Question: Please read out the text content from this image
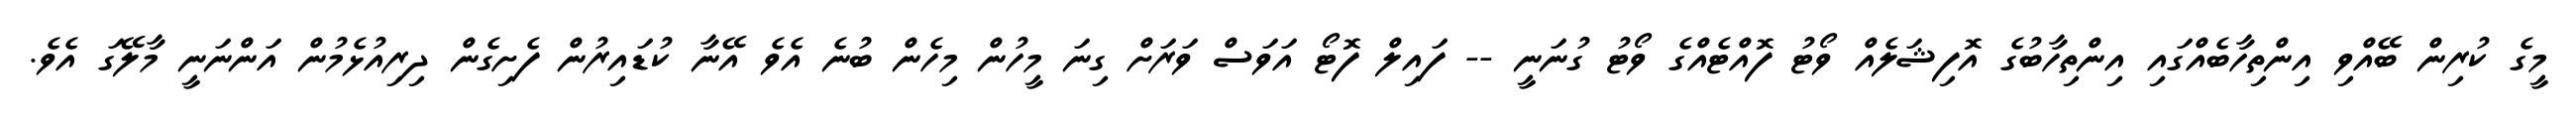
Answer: މީގެ ކުރިން ބޭއްވި އިންތިހާބެއްގައި އިންތިހާބުގެ އޮފިޝަލެއް ވޯޓު ފޮއްޓެއްގެ ވޯޓު ގުނަނީ -- ފައިލް ފޮޓޯ އަވަސް ވަރަށް ގިނަ މީހުން މިހެން ބުނެ އެވެ އޭނާ ކުޑައިރުން ފެށިގެން ދިރިއުޅެމުން އަންނަނީ މާލޭގަ އެވެ.